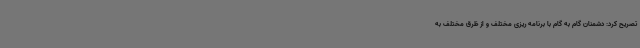
تصریح کرد: دشمنان گام به گام با برنامه ریزی مختلف و از ظرق مختلف به